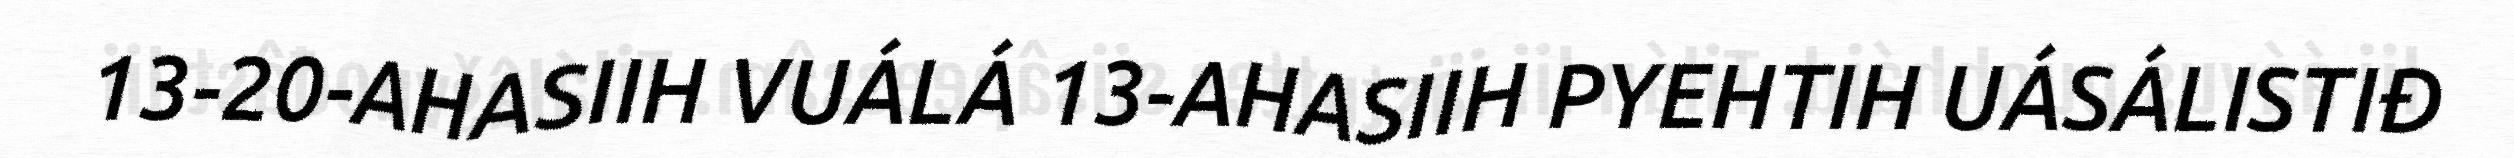
13-20-AHASIIH VUÁLÁ 13-AHASIIH PYEHTIH UÁSÁLISTIĐ